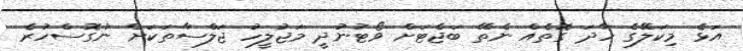
އަޅެ މިކަލޭގެ ހާދަ ގޮތެއް ނެތޭ ބަޖެޓަށް ވޯޓުނުދީ މަޖުލީހު ޖަލްސާތަކަށް ނުގޮސްހުރެ